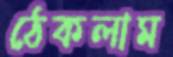
ঠেকলাম